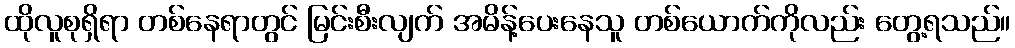
ထိုလူစုရှိရာ တစ်နေရာတွင် မြင်းစီးလျက် အမိန့်ပေးနေသူ တစ်ယောက်ကိုလည်း တွေ့ရသည်။